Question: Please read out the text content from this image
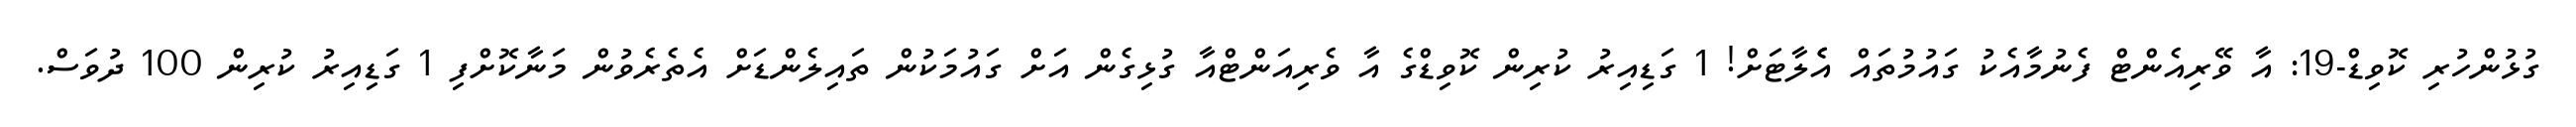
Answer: ގުޅުންހުރި ކޮވިޑް-19: އާ ވޭރިއެންޓް ފެނުމާއެކު ގައުމުތައް އެެލާޓަށް! 1 ގަޑިއިރު ކުރިން ކޮވިޑްގެ އާ ވެރިއަންޓްއާ ގުޅިގެން އަށް ގައުމަކުން ތައިލެންޑަށް އެތެރެވުން މަނާކޮށްފި 1 ގަޑިއިރު ކުރިން 100 ދުވަސް.